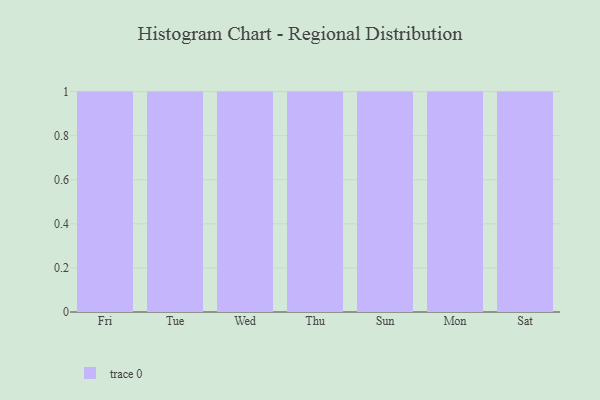
{"axis": {"x": "Day", "y": "Bounce Rate (%)"}, "legend": [""], "data": [{"x": "Fri", "y": 74, "type": ""}, {"x": "Tue", "y": 96, "type": ""}, {"x": "Wed", "y": 82, "type": ""}, {"x": "Thu", "y": 58, "type": ""}, {"x": "Sun", "y": 16, "type": ""}, {"x": "Mon", "y": 58, "type": ""}, {"x": "Sat", "y": 41, "type": ""}]}